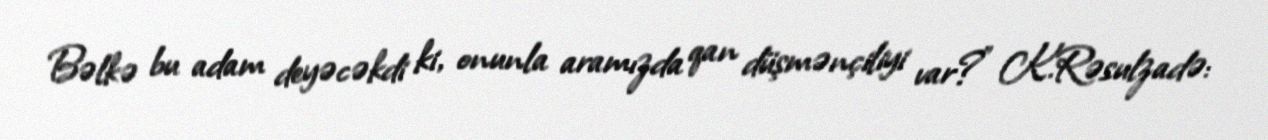
Bəlkə bu adam deyəcəkdi ki, onunla aramızda qan düşmənçiliyi var?” K.Rəsulzadə: